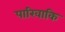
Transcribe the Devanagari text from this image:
पारिवाकि